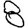
Digit: 8